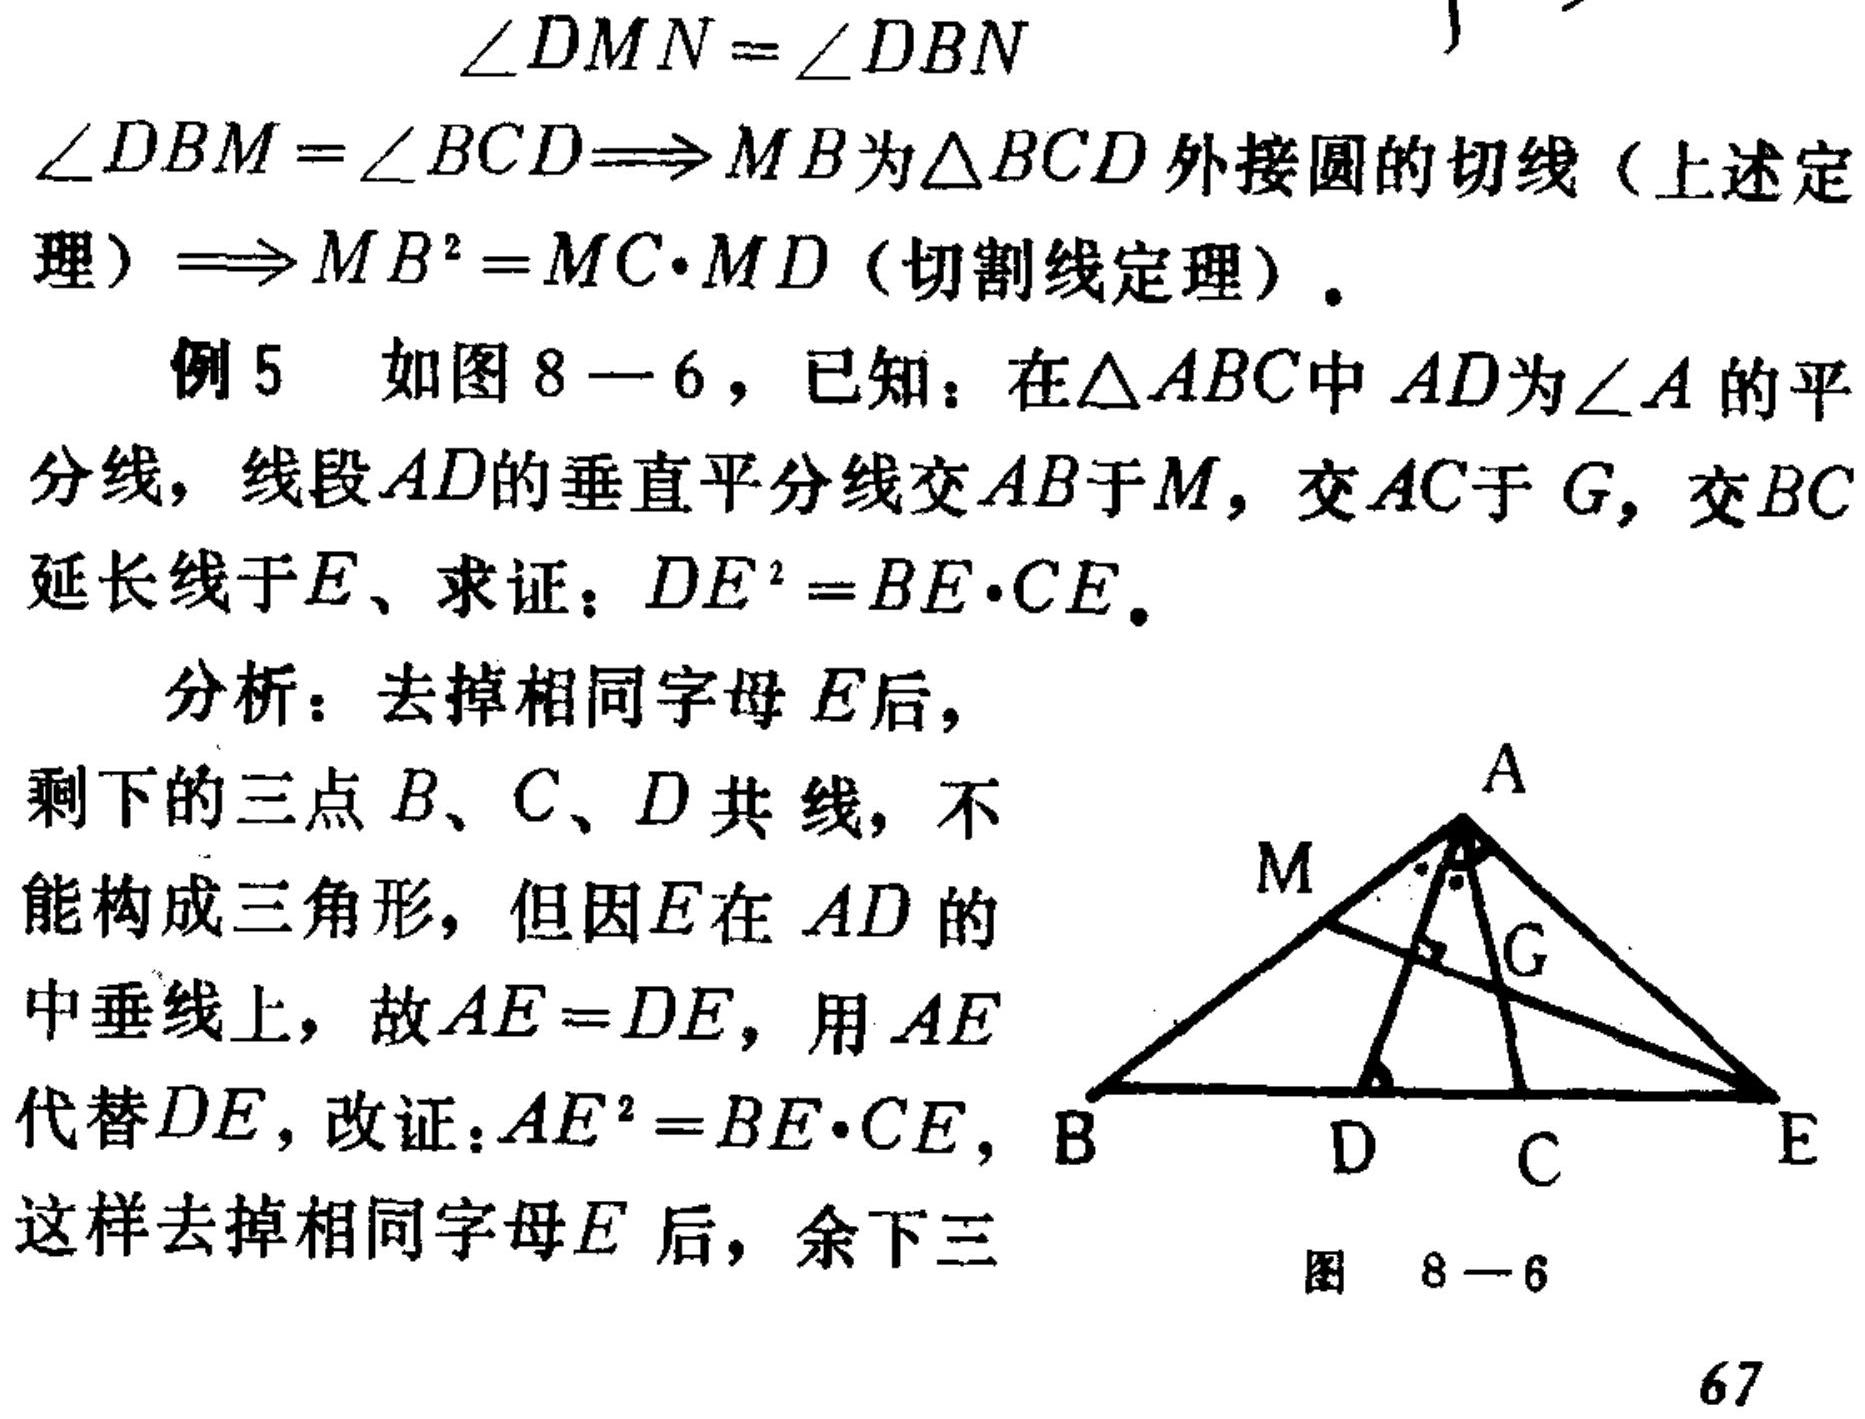
\(\angle DMN=\angle DBN\)
\(\angle DBM=\angle BCD\Longrightarrow MB为\triangle BCD外接圆的切线（上述定
理）\Longrightarrow MB^{2}=MC\cdot MD（切割线定理）。\)
例5 如图8—6，已知：在\(\triangle ABC\)中\(AD\)为\(\angle A\)的平分线，线段\(AD\)的垂直平分线交\(AB\)于\(M\)，交\(AC\)于\(G\)，交\(BC\)延长线于\(E\)、求证：\(DE^{2}=BE\cdot CE\)。
分析：去掉相同字母\(E\)后，
剩下的三点\(B、C、D\)共线，不
能构成三角形，但因\(E\)在\(AD\)的
中垂线上，故\(AE = DE\)，用\(AE\)
代替\(DE\)，改证：\(AE^{2}=BE\cdot CE\)，
这样去掉相同字母\(E\)后，余下三
图 8—6
67